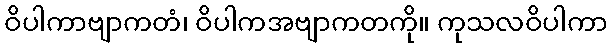
ဝိပါကာဗျာကတံ၊ ဝိပါကအဗျာကတကို။ ကုသလဝိပါကာ